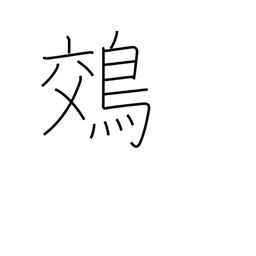
Meaning: night heron